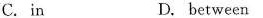
C.in D. between